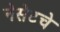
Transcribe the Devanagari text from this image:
नेसेटचे